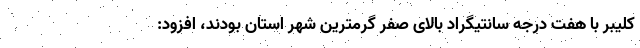
کلیبر با هفت درجه سانتیگراد بالای صفر گرمترین شهر استان بودند، افزود: